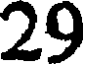
29